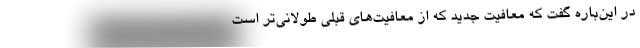
در این‌باره گفت که معافیت جدید که از معافیت‌های قبلی طولانی‌تر است